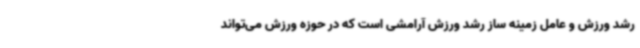
رشد ورزش و عامل زمینه ساز رشد ورزش آرامشی است که در حوزه ورزش می‌تواند